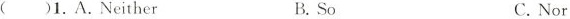
（）1.A.Neither B.So C.Nor